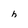
Character: h